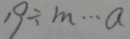
1 9 \div m \cdots a